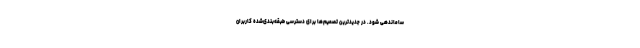
ساماندهی شود. در جدیدترین تصمیم‌ها برای دسترسی طبقه‌بندی‌شده کاربران